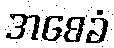
အစေခံ